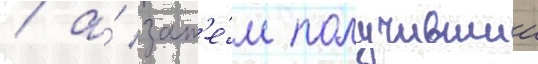
/ а́ зат'е́м получившии